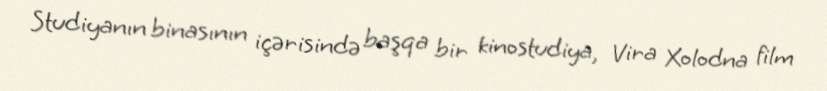
Studiyanın binasının içərisində başqa bir kinostudiya, Vira Xolodna film